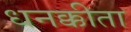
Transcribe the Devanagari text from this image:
धनक्कीता